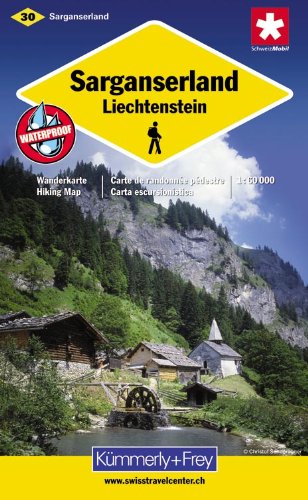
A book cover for Sarganserland Liechtenstein: KF.WK.30; Travel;